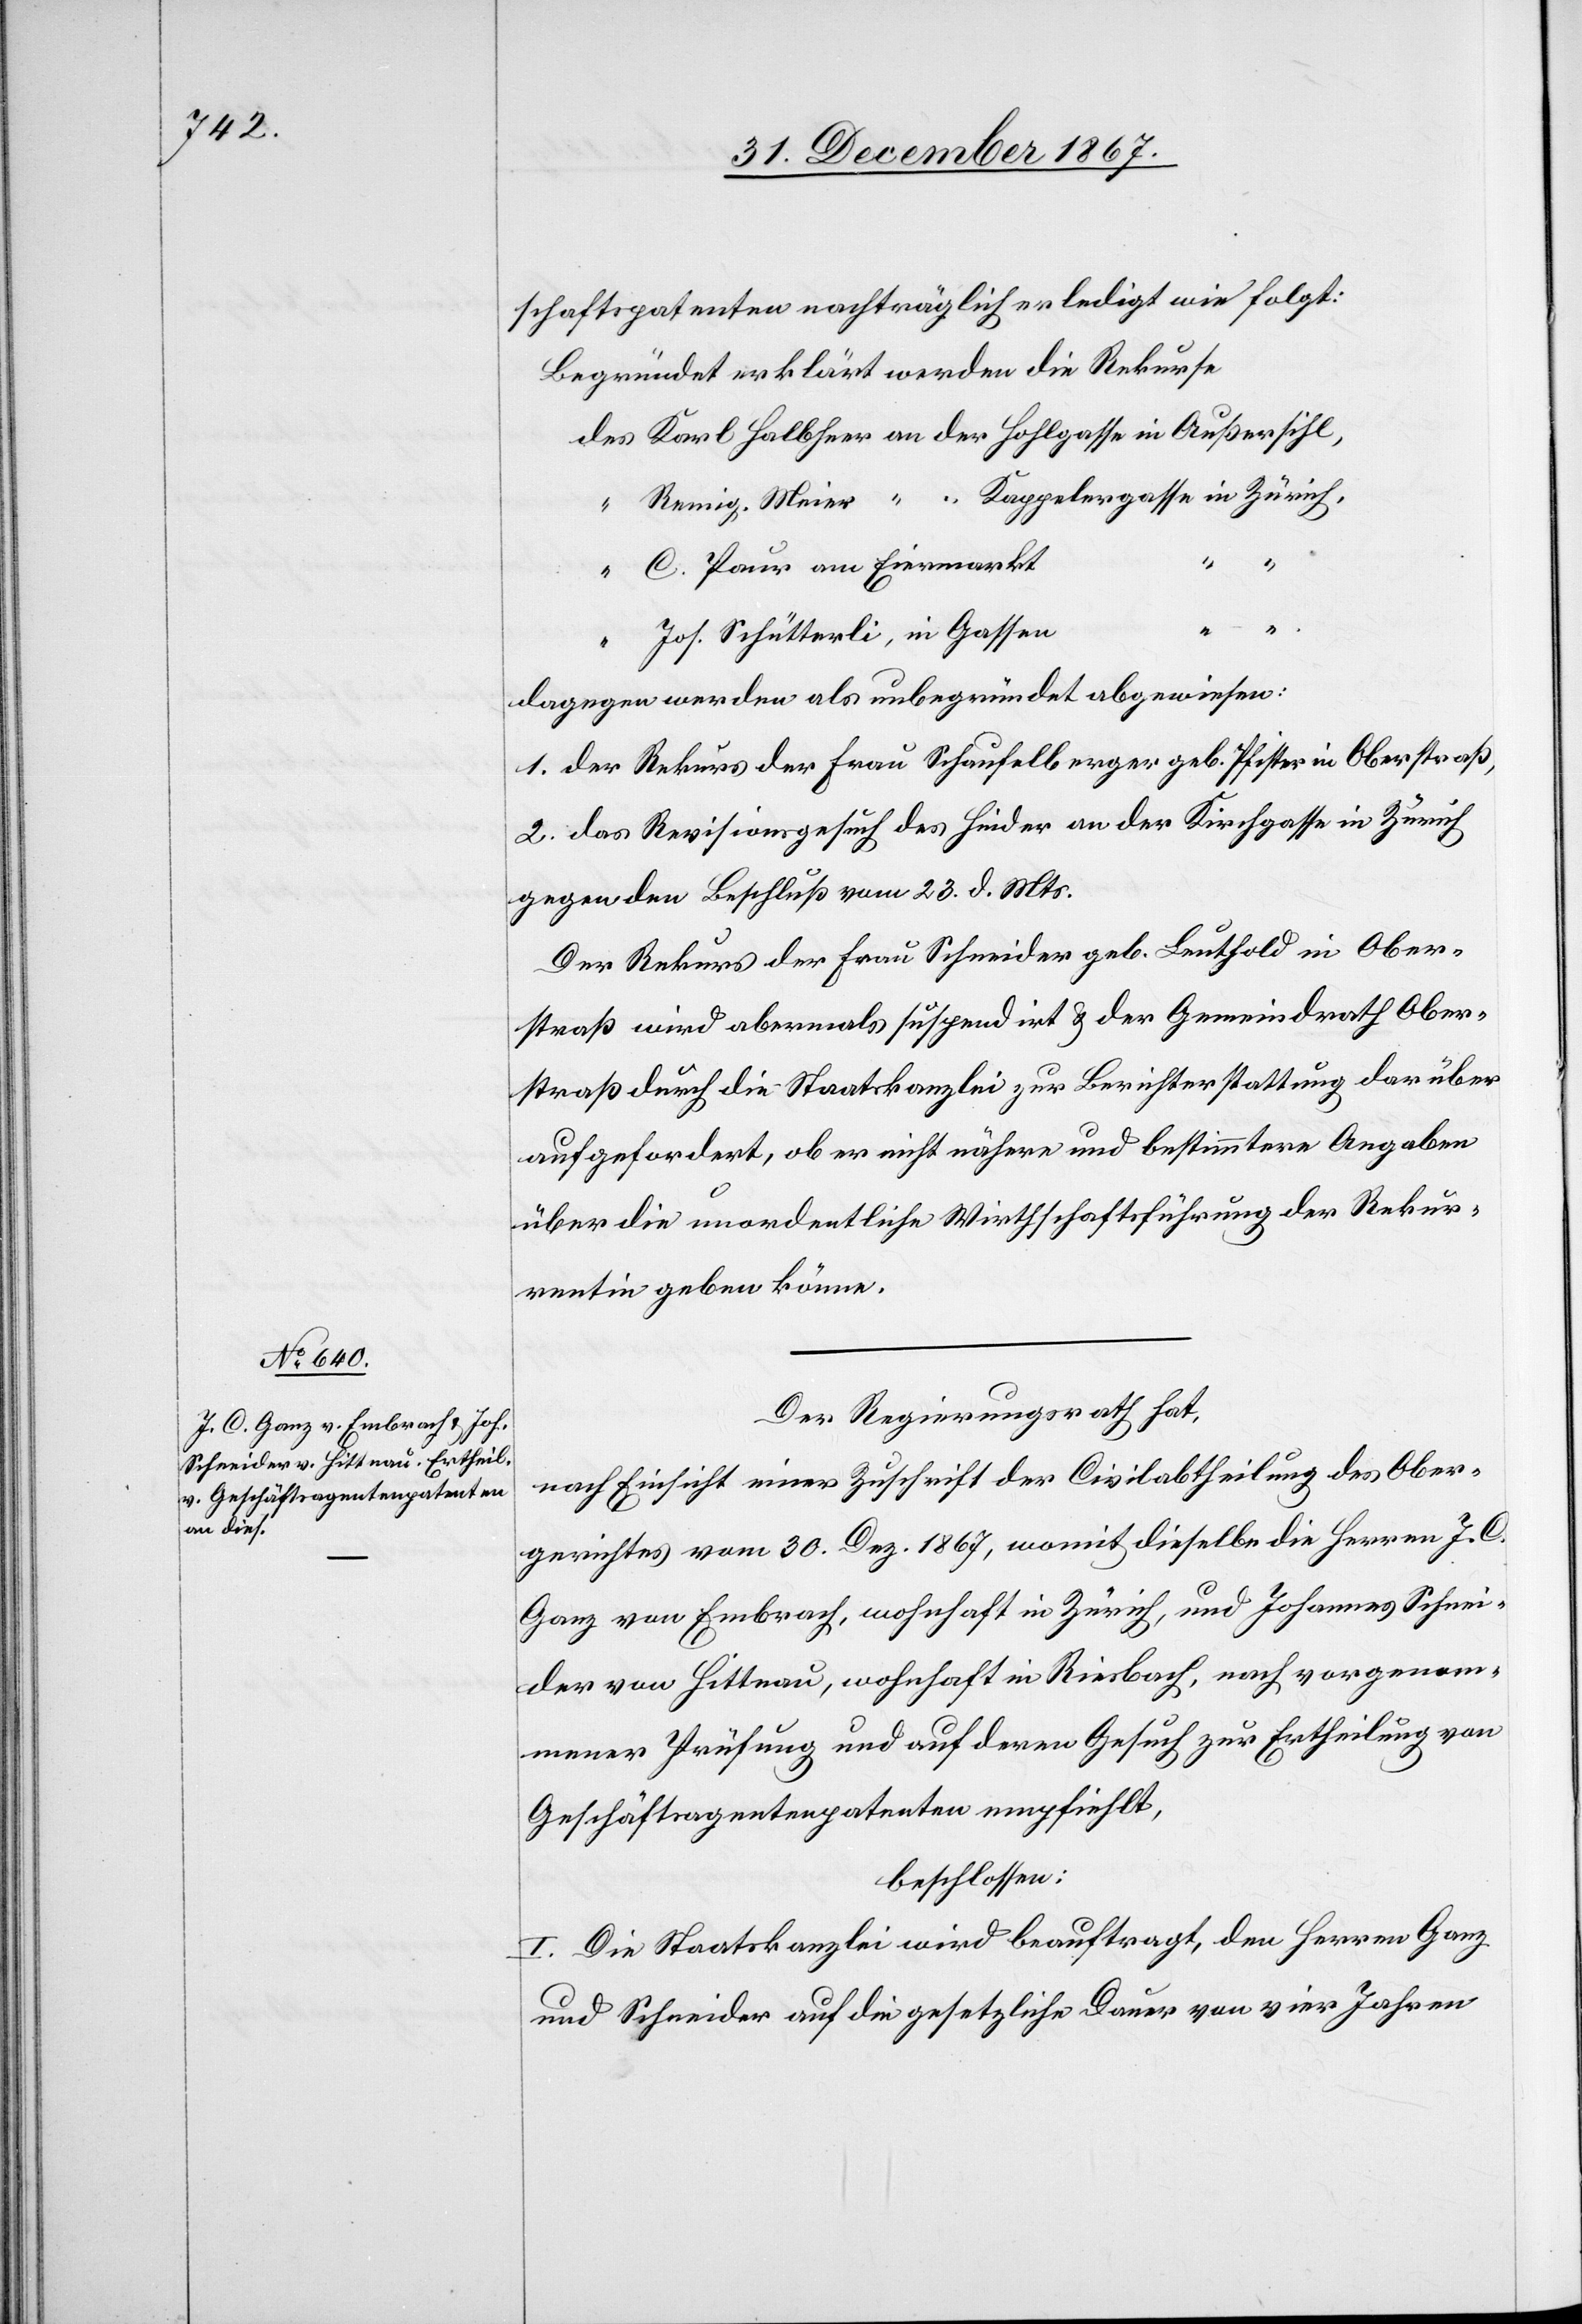
schaftspatenten nachträglich erledigt wie folgt:
Begründet erklärt werden die Rekurse:
C. Paur am Eiermarkt
“
Jos. Schütterli, in Gassen
“
dagegen werden als unbegründet abgewiesen:
1. der Rekurs der Frau Schaufelberger geb. Pfister in Oberstraß,
2. das Revisionsgesuch des Hinder an der Kirchgasse in Zürich
gegen den Beschluß vom 23. d. Mts.
Der Rekurs der Frau Schneider geb. Leuthold in Ober¬
straße wird abermals suspendirt u. der Gemeindrath Ober¬
straß durch die Staatskanzlei zur Berichterstattung darüber
aufgefordert, ob er nicht nähere und bestimmtere Angaben
über die unordentliche Wirthschaftsführung der Rekur¬
rentin geben könne.
Der Regierungsrath hat
nach Einsicht eines Antrages der Civilabtheilung des Ober¬
gerichtes vom 30. Dez. 1867, womit dieselbe die Herren J. C.
Ganz von Embrach, wohnhaft in Zürich, und Johannes Schnei¬
der von Hittnau, wohnhaft in Riesbach, nach vorgenom¬
mener Prüfung und auf deren Gesuch zur Ertheilung von
Geschäftsagentenpatenten empfiehlt,
beschlossen:
I. Die Staatskanzlei wird beauftragt, den Herren Ganz
und Schneider auf die gesetzliche Dauer von vier Jahren